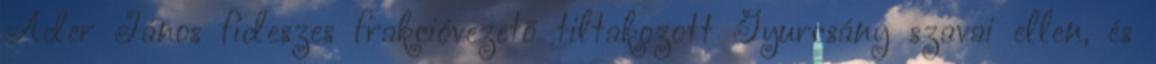
Áder János fideszes frakcióvezető tiltakozott Gyurcsány szavai ellen, és